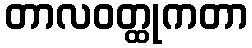
တာလဝတ္ထုကတာ